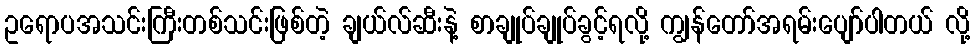
ဥရောပအသင်းကြီးတစ်သင်းဖြစ်တဲ့ ချယ်လ်ဆီးနဲ့ စာချုပ်ချုပ်ခွင့်ရလို့ ကျွန်တော်အရမ်းပျော်ပါတယ် လို့